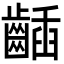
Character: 𪘾